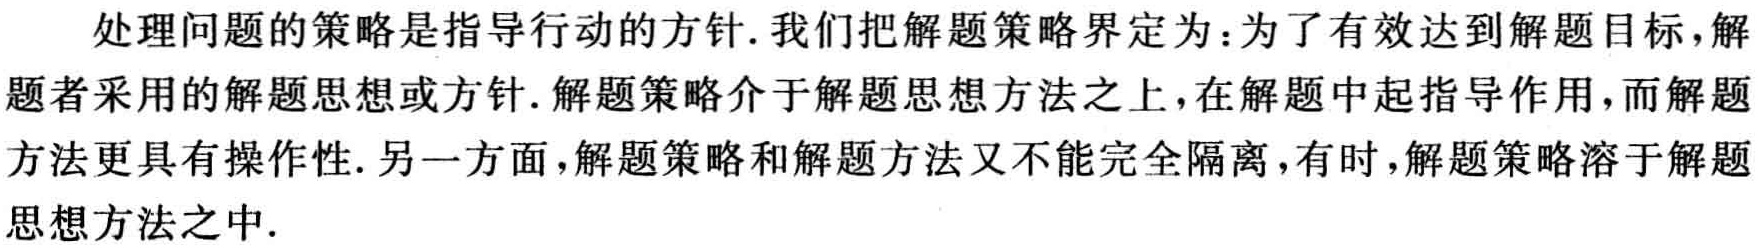
处理问题的策略是指导行动的方针. 我们把解题策略界定为：为了有效达到解题目标，解题者采用的解题思想或方针. 解题策略介于解题思想方法之上，在解题中起指导作用，而解题方法更具有操作性. 另一方面，解题策略和解题方法又不能完全隔离，有时，解题策略溶于解题思想方法之中.